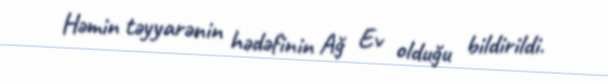
Həmin təyyarənin hədəfinin Ağ Ev olduğu bildirildi.